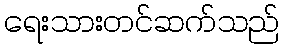
ရေးသားတင်ဆက်သည်